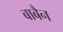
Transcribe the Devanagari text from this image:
बाबैन